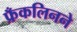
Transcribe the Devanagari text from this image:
फ्रँकलिनने